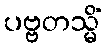
ပဗ္ဗတသ္မိံ